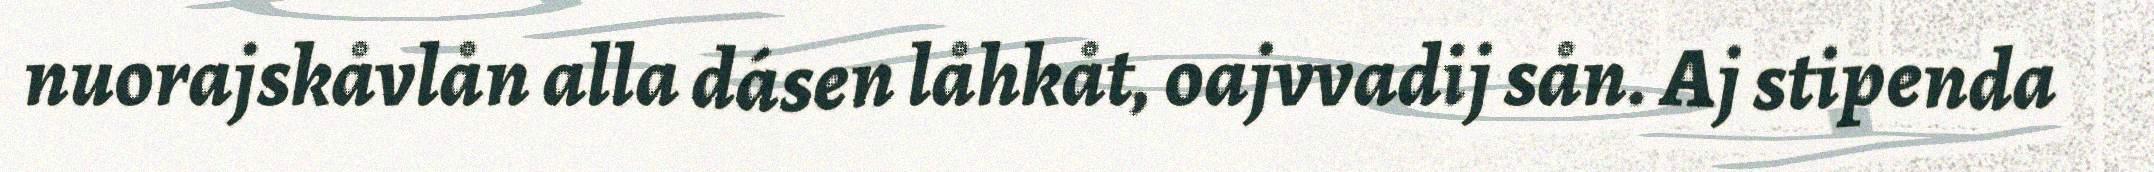
nuorajskåvlån alla dásen låhkåt, oajvvadij sån. Aj stipenda